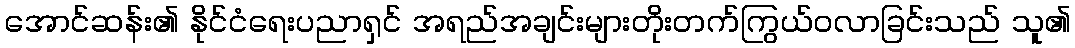
အောင်ဆန်း၏ နိုင်ငံရေးပညာရှင် အရည်အချင်းများတိုးတက်ကြွယ်ဝလာခြင်းသည် သူ၏